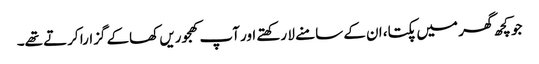
جو کچھ گھر میں پکتا، ان کے سامنے لا رکھتے اور آپ کھجوریں کھاکے گزارا کرتے تھے۔